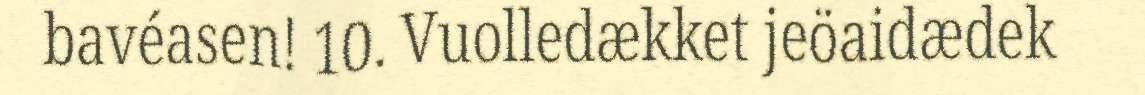
bavéasen! 10. Vuolledækket jeöaidædek